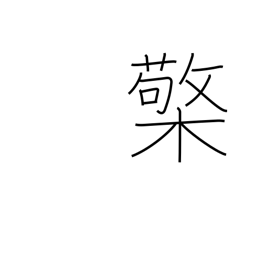
Meaning: lamp stand